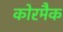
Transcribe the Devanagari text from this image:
कोरमैक